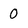
Character: 0